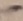
Text: -